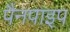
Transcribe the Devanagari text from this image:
पैनपाइप